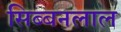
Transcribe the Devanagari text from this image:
सिब्‍बनलाल